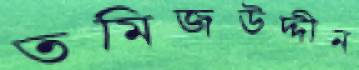
তমিজউদ্দীন